Report of the King Institute of Preventive Medicine, Guindy
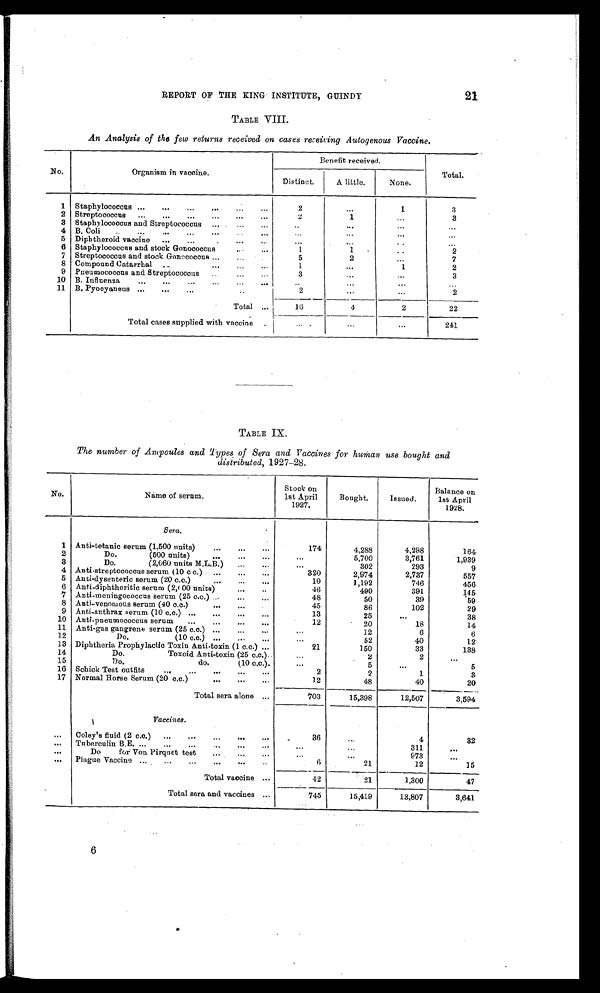
21
REPORT OF THE KING INSTITUTE, GUINDY
TABLE VIII.
An Analysis of the few returns received on cases rereiving Autogenous Vaccine.
No.
Organism in vaccine.
Benefit received.
Total.
None.
Distinct.
A little.
1
Staphylococcus . . .
2
...
1
3
2
S t r e p t o c o c c u s . . .
2
1
. . .
3
3
S t a p h y l o c o c c u s a n d S t r e p t o c o c c u s . . .
. . .
. . .
. . .
. . .
4
B .
C o l i . . .
. . .
. . .
. . .
. . .
5
Diphtheroid vaccine . . .
. . .
. . .
. . .
. . .
1
1
. . .
2
6
Staphylococcns and stock Gonococcus . . .
7
Streptococcus and stock Gonococcus . . .
5
2
. . .
7
8
Compound Catarrhal . . .
1
. . .
1
2
9
Pneumococous and Streptococcus . . .
3
. . .
. . .
3
10
B I n f l u e n z a . . .
. . .
. . .
. . .
. . .
11
B. Pyocyaneus . . .
2
. . .
. . .
2
Total . . .
16
4
2
22
Total cases supplied with vaccine . . .
. . .
. . .
. . .
241
TABLE IX.
The number of Ampoules and Types of Sera and Vaccines for human use bought and
distributed, 1927-28.
No.
Name of serum.
Stock on
1st April
1927.
Bought.
Issued.
Balance on
1st April
1928.
Sera.
1
Anti-tetanio serum (1.500 units) . . .
174
4,288
4,298
164
2
Do.
(500 units) . . .
. . .
5,700
3,761
1,939
3
Do.
(2,060 units M.L.B.) . . .
. . .
302
293
9
4
Anti stre ptococcus serum (10 c c.) . . .
320
2,974
2,737
557
5
Anti- dysenteric serum (20 c.c.) . . .
10
1,192
746
456
6
Anti-diphtheritic serum (2,000 units) . . .
46
490
391
145
7
Anti-meningococcus serum (25 c.c.) . . .
48
50
39
59
8
Anti-venomous serum (40 c.c.) . . .
45
86
102
29
9
Anti-anthrax serum (10 c.c.) . . .
13
25
. . .
38
10
Anti-pneumococcus serum . . .
12
20
18
14
11
Anti-gas gangrene serum (25 c.c.) . . .
. . .
12
6
6
12
Do.
(10 c.c.) . . .
. . .
52
40
12
13
Diphtheria Prophylactic Toxin Anti-toxin. (1 c.c.) . . .
21
150
33
138
14
Do,
Toxoid Anti-toxin (25 c.c.) . . .
. . .
2
2
. . .
15
Do.
do.
(10 c.c.) . . .
. . .
5
. . .
5
16
Schick Test outfits . . .
2
2
1
3
17
Normal Horse Serum (20 c.c.) . . .
12
48
40
20
Total sera alone . . .
703
15,398
12,507
3,594
Vaccines.
. . .
Coley's fluid (2 c.c.) . . .
36
. . .
4
32
. . .
Tuberculin B.E. . . .
. . .
. . .
311
. . .
. . .
Do
for Von Pirquet test . . .
. . .
. . .
973
. . .
. . .
Plague Vaccine . . .
6
21
12
15
Total vaccine . . .
42
21
1,300
47
Total sera and vaccines . . .
745
15,419
13,807
3,641
6